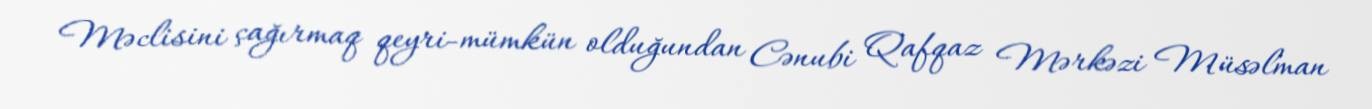
Məclisini çağırmaq qeyri-mümkün olduğundan Cənubi Qafqaz Mərkəzi Müsəlman